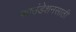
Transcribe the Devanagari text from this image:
फाउंडेशनसाठी